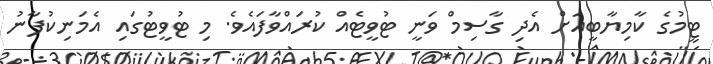
ޓީމުގެ ކާމިޔާބީއަށް އެދި ގާސިމް ވަނީ ޓުވީޓެއް ކުރައްވާފައެވެ. މި ޓުވީޓުގައި އެމަނިކުފާނު